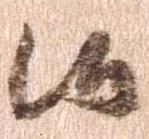
候